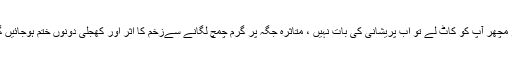
اگر مچھر آپ کو کاٹ لے تو اب پریشانی کی بات نہیں ، متاثرہ جگہ پر گرم چمچ لگانے سےزخم کا اثر اور کھجلی دونوں ختم ہوجائیں گی۔